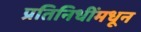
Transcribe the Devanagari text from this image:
प्रतिनिधींमधून